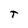
Character: T